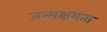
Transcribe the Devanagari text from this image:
जन्मक्षमता